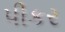
પીકર